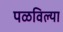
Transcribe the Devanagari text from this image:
पळविल्या